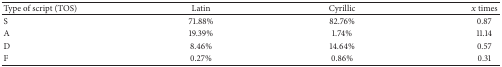
| Type of script (TOS) | Latin | Cyrillic | x times |
 | --- | --- | --- | --- |
 | S | 71.88% | 82.76% | 0.87 |
 | A | 19.39% | 1.74% | 11.14 |
 | D | 8.46% | 14.64% | 0.57 |
 | F | 0.27% | 0.86% | 0.31 |